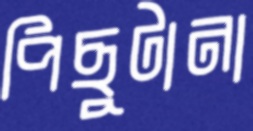
পিছুটানা